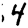
Digit: 4